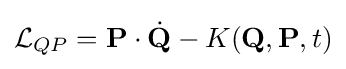
{\mathcal {L}}_{QP}=\mathbf {P} \cdot {\dot {\mathbf {Q} }}-K(\mathbf {Q} ,\mathbf {P} ,t)